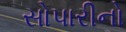
સોપારીનો